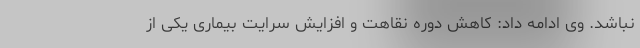
نباشد. وی ادامه داد: کاهش دوره نقاهت و افزایش سرایت بیماری یکی از